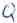
Text: Q